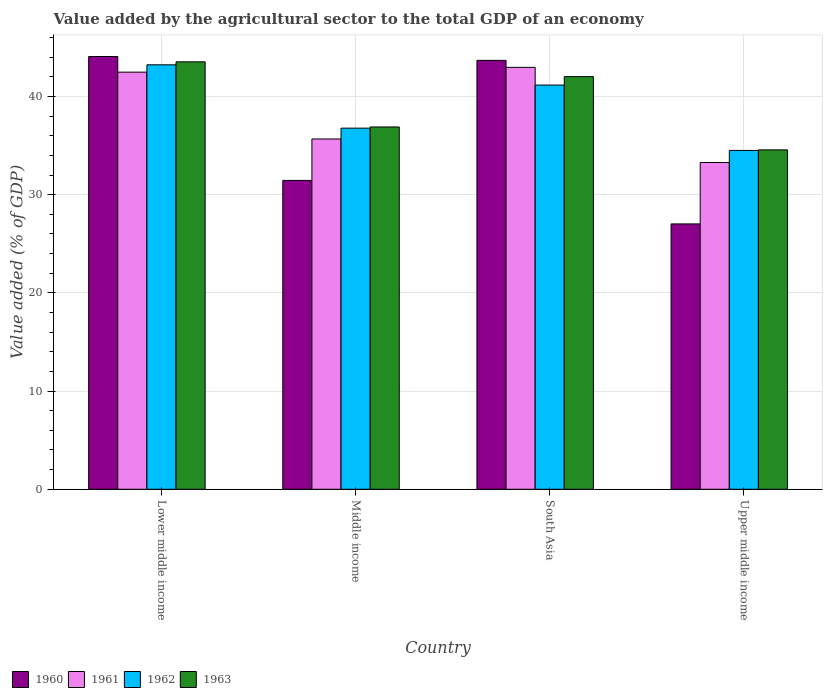
| Country | 1960 | 1961 | 1962 | 1963 |
 | --- | --- | --- | --- | --- |
 | Lower middle income | 44.1 | 42.5 | 43.2 | 43.5 |
 | Middle income | 31.5 | 35.7 | 36.8 | 36.9 |
 | South Asia | 43.7 | 43 | 41.2 | 42 |
 | Upper middle income | 27 | 33.3 | 34.5 | 34.6 |